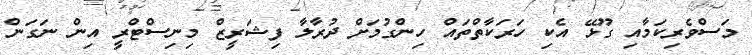
މަސްވެރިކަމާއި ގޫޅޭ އެކި ހަރަކާތްތައް ހިންގުމަށް ދުރާލާ ފިޝަރީޒް މިނިސްޓްރީ އިން ނަގަން